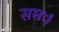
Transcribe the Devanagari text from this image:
समः।